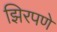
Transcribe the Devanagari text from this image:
झिरपणे